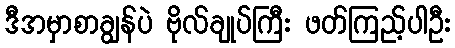
ဒီအမှာစာချွန်ပဲ ဗိုလ်ချုပ်ကြီး ဖတ်ကြည့်ပါဦး